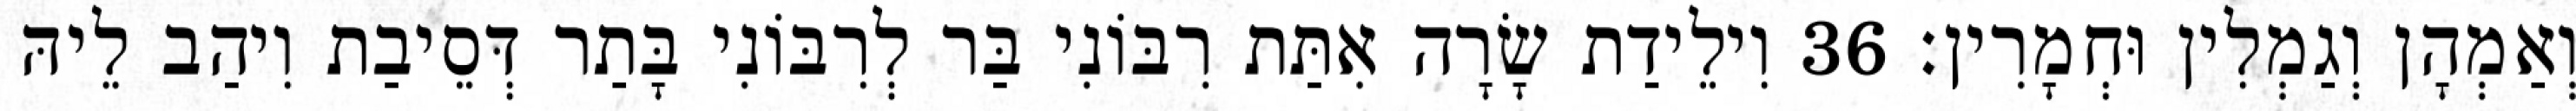
וְאַמְהָן וְגַמְלִין וּחְמָרִין׃ 36 וִילֵידַת שָׂרָה אִתַּת רִבּוֹנִי בַּר לְרִבּוֹנִי בָּתַר דְּסֵיבַת וִיהַב לֵיהּ